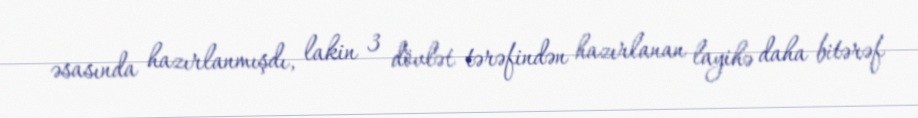
əsasında hazırlanmışdı, lakin 3 dövlət tərəfindən hazırlanan layihə daha bitərəf